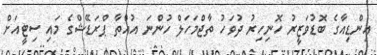
އިންޑިއާގެ ބޮޑުވަޒީރު ހޮނިހިރު ދުވަހު ތާޖްމަހަލް ހުންނަ އުއްތާ ޕްރަޑޭޝްގެ މައި ސިޓީއަށް